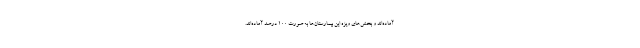
آماده‌اند و بخش‌های ویژه این بیمارستان‌ها به صورت ۱۰۰ درصد آماده‌اند.